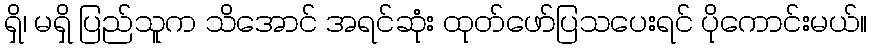
ရှိ၊ မရှိ ပြည်သူက သိအောင် အရင်ဆုံး ထုတ်ဖော်ပြသပေးရင် ပိုကောင်းမယ်။